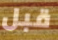
قبل